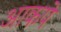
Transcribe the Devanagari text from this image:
आकपे